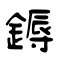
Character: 鎒